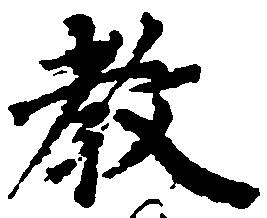
教